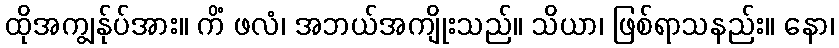
ထိုအကျွန်ုပ်အား။ ကိံ ဖလံ၊ အဘယ်အကျိုးသည်။ သိယာ၊ ဖြစ်ရာသနည်း။ နော၊